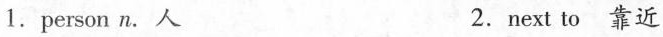
1.person n. 人 2.next to 靠近